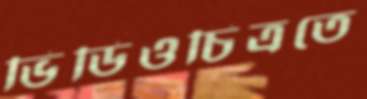
ভিডিওচিত্রতে